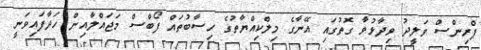
ޕްރިންސް ވަލީދު ވިދާޅުވާ ގޮތުގައި އޭނާގެ މިލްކިއްޔާތުގެ ހިސާބުތައް ފޯބްސް މަޖައްލާއިން ހަދާފައިވަނީ